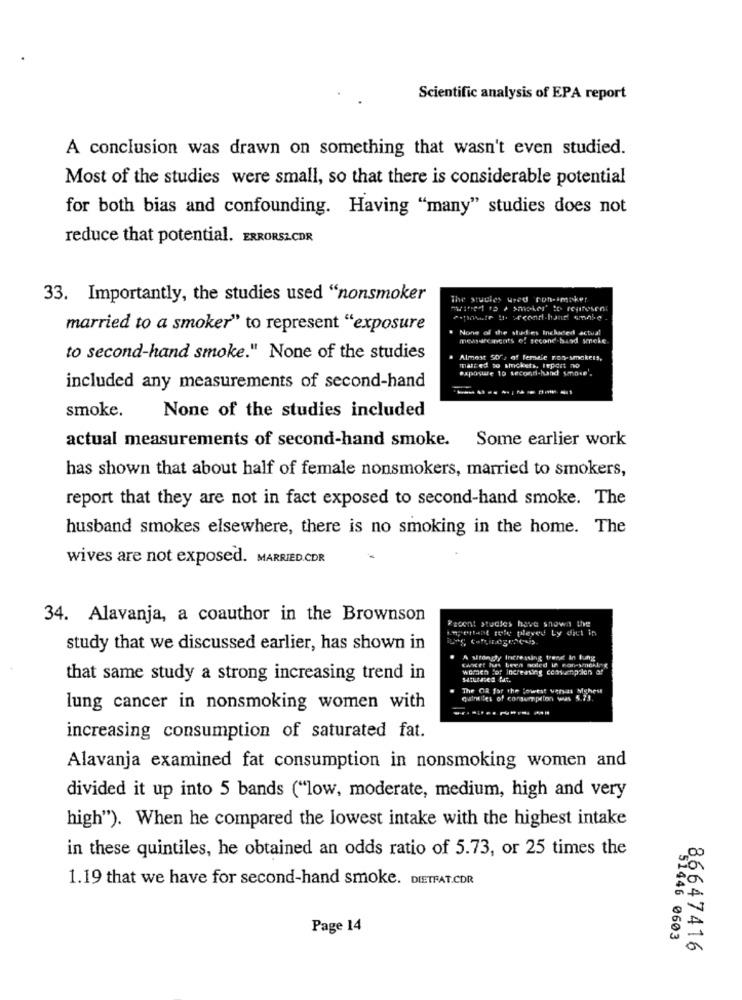
Scientific analysis of EPA report
A conclusion was drawn on something that wasn't even studied.
Most of the studies were small, so that there is considerable potential
for both bias and confounding. Having "many" studies does not
reduce that potential. ERRORSZCDR
33. Importantly, the studies used "nonsmoker
The studies ured non-imaker
married to a smoker" to represent "exposure
. None of the stad es Inchided actual
mewecancats of second band yncke.
to second-hand smoke." None of the studies
. Almost 500, of female non- smokers,
malted to imcketh, report no
exposure to second-hand Smoke'.
included any measurements of second-hand
smoke.
None of the studies included
actual measurements of second-hand smoke. Some earlier work
has shown that about half of female nonsmokers, married to smokers,
report that they are not in fact exposed to second-hand smoke. The
husband smokes elsewhere, there is no smoking in the home. The
wives are not exposed. MARRIED.CDR
34. Alavanja, a coauthor in the Brownson
Recent studies have shown the
pertant tele pleved by dict in
study that we discussed earlier, has shown in
A strongly Increasing trengt in tung
women for Increasing cconsumption of
that same study a strong increasing trend in
The OR for the lowest uthat Mghest
quintiles of consumpelon was 5.73.
lung cancer in nonsmoking women with
increasing consumption of saturated fat.
Alavanja examined fat consumption in nonsmoking women and
divided it up into 5 bands ("low, moderate, medium, high and very
high"). When he compared the lowest intake with the highest intake
in these quintiles, he obtained an odds ratio of 5.73, or 25 times the
1.19 that we have for second-hand smoke. DIETFAT.CDR
Page 14
51446 0603
86647416